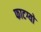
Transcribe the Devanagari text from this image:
फाटग्यो